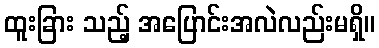
ထူးခြား သည့် အပြောင်းအလဲလည်းမရှိ။